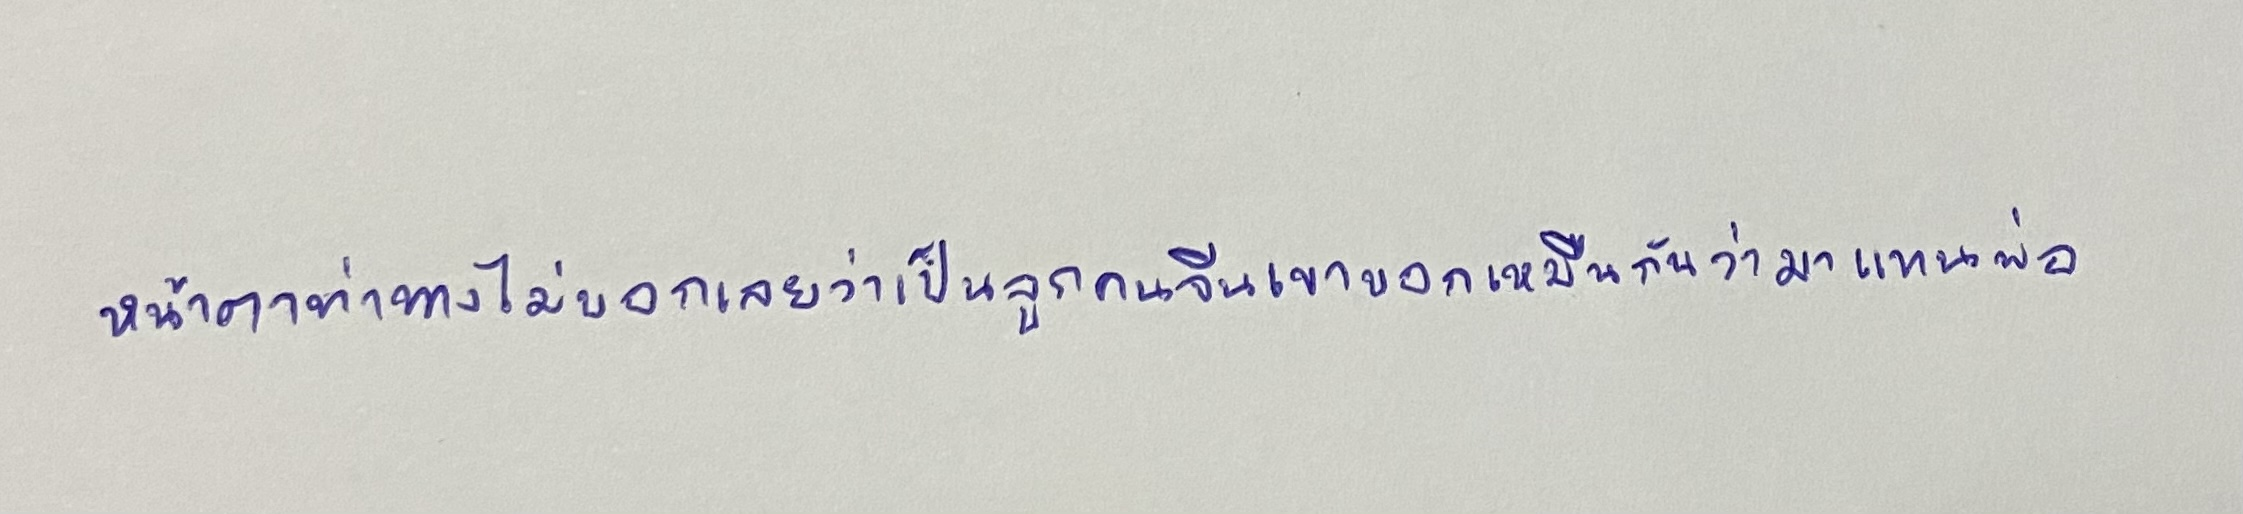
หน้าตาท่าทางไม่บอกเลยว่าเป็นลูกคนจีนเขาบอกเหมือนกันว่ามาแทนพ่อ